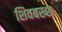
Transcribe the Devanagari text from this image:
शिवबख्श